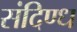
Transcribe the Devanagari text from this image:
संदिण्ध